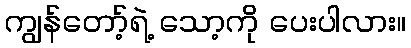
ကျွန်တော့်ရဲ့ သော့ကို ပေးပါလား။